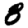
Digit: 8